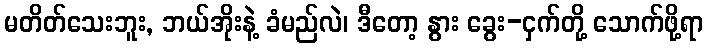
မတိတ်သေးဘူး, ဘယ်အိုးနဲ့ ခံမည်လဲ၊ ဒီတော့ နွား ခွေး-ငှက်တို့ သောက်ဖို့ရာ